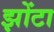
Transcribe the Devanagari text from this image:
झोंटा